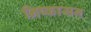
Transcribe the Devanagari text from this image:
निष्‍कासन